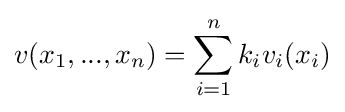
v(x_{1},...,x_{n})=\sum _{i=1}^{n}{k_{i}v_{i}(x_{i})}